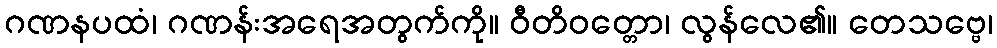
ဂဏနပထံ၊ ဂဏန်းအရေအတွက်ကို။ ဝီတိဝတ္တော၊ လွန်လေ၏။ တေသဗ္ဗေ၊